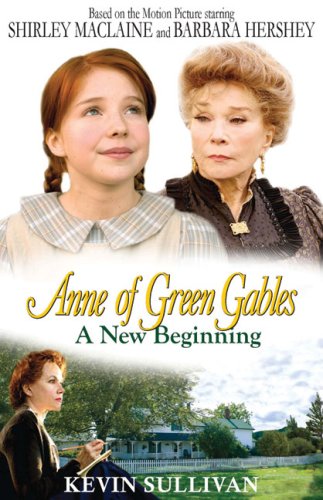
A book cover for Anne of Green Gables A New Beginning; Kevin Sullivan; Teen & Young Adult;